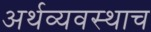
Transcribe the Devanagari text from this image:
अर्थव्यवस्थाच